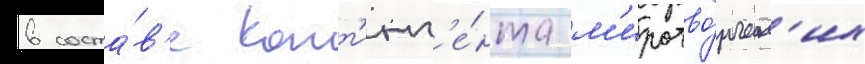
в соста́в'е конт'инг'е́нта м'иротво́рческ'их